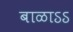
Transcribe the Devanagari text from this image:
बाळाऽऽ